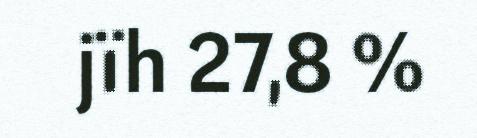
jïh 27,8 %